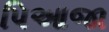
પિઆજા